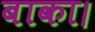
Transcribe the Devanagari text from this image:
बाका।